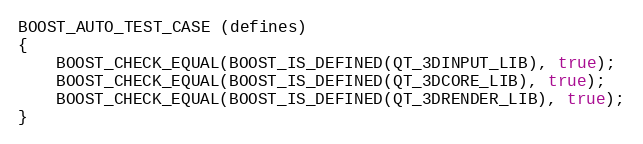
Language: C++
BOOST_AUTO_TEST_CASE (defines)
{
    BOOST_CHECK_EQUAL(BOOST_IS_DEFINED(QT_3DINPUT_LIB), true);
    BOOST_CHECK_EQUAL(BOOST_IS_DEFINED(QT_3DCORE_LIB), true);
    BOOST_CHECK_EQUAL(BOOST_IS_DEFINED(QT_3DRENDER_LIB), true);
}